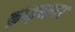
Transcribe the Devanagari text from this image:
क्राइसलर